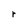
Character: r